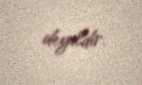
deyildir.